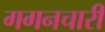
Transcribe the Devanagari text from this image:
गगनचारी